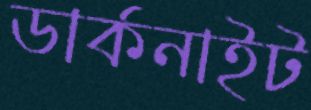
ডার্কনাইট